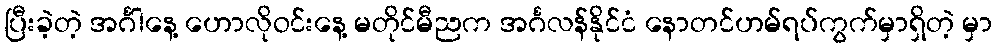
ပြီးခဲ့တဲ့ အင်္ဂါနေ့ ဟောလိုဝင်းနေ့ မတိုင်မီညက အင်္ဂလန်နိုင်ငံ နောတင်ဟမ်ရပ်ကွက်မှာရှိတဲ့ မှာ